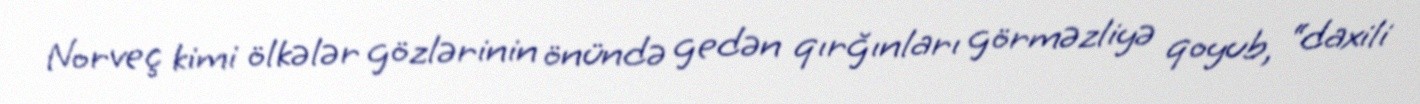
Norveç kimi ölkələr gözlərinin önündə gedən qırğınları görməzliyə qoyub, “daxili